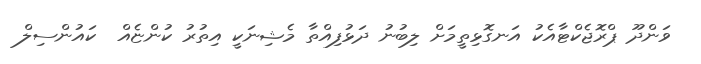
ވަންދޫ ޕްރޮޖެކްޓާއެކު އަނގޮޅިތީމަށް ލިބުނު ދަޅުފިއްތާ މެޝިނަކީ އިތުރު ކުންޏެއް  ކައުންސިލް